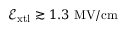
\mathcal { E } _ { \mathrm { x t l } } \gtrsim 1 . 3 \ \mathrm { M V / c m }